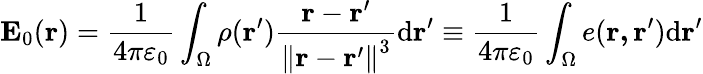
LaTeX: \mathbf{E}_{0}(\mathbf{r})={\frac{1}{4\pi\varepsilon_{0}}}\int_{\Omega}\rho(\mathbf{r}^{\prime}){\frac{\mathbf{r}-\mathbf{r}^{\prime}}{\left\| \mathbf{r}-\mathbf{r}^{\prime}\right\| ^{3}}}\mathrm{d}\mathbf{r}^{\prime}\equiv{\frac{1}{4\pi\varepsilon_{0}}}\int_{\Omega}e(\mathbf{r,\mathbf{r}^{\prime}}){\mathrm{d}\mathbf{r}^{\prime}}